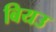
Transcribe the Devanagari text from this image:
बियउ